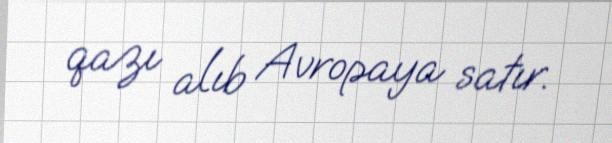
qazı alıb Avropaya satır.